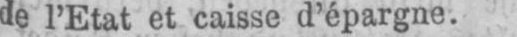
de l’Etat et caisse d’épargne.